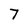
Character: 7